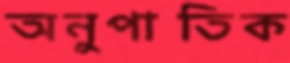
অনুপাতিক